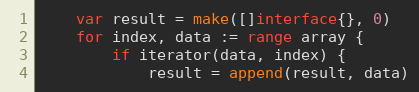
Language: Go
	var result = make([]interface{}, 0)
	for index, data := range array {
		if iterator(data, index) {
			result = append(result, data)